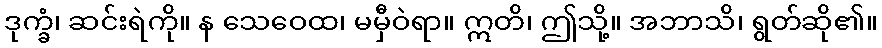
ဒုက္ခံ၊ ဆင်းရဲကို။ န သေဝေထ၊ မမှီဝဲရာ။ ဣတိ၊ ဤသို့။ အဘာသိ၊ ရွတ်ဆို၏။